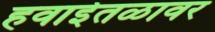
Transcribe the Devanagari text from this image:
हवाईतळावर